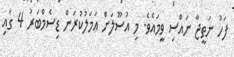
ފަހު ނަތީޖާ ނައްސި ވީމައެވެ. މި އުސޫލަށް އަމަލުކުރަން ޑިސެމްބަރު 4 ގައި